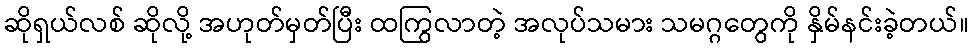
ဆိုရှယ်လစ် ဆိုလို့ အဟုတ်မှတ်ပြီး ထကြွလာတဲ့ အလုပ်သမား သမဂ္ဂတွေကို နှိမ်နင်းခဲ့တယ်။